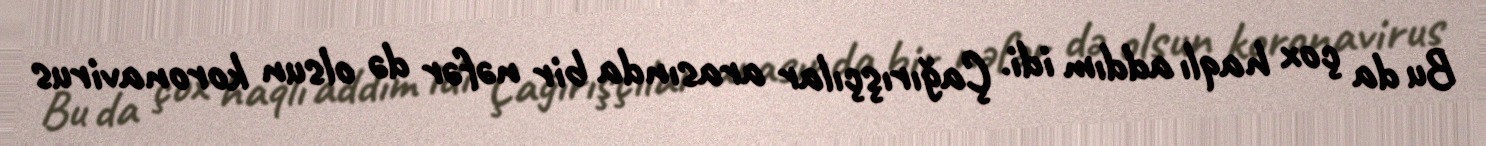
Bu da çox haqlı addım idi. Çağırışçılar arasında bir nəfər də olsun koronavirus